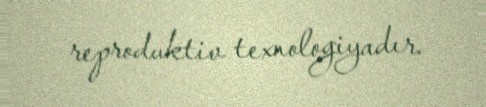
reproduktiv texnologiyadır.